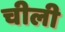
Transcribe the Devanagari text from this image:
चीली